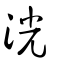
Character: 洸